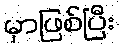
မှာဖြစ်ပြီး